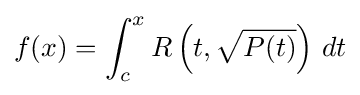
f(x)=\int _{c}^{x}R\left(t,{\sqrt {P(t)}}\right)\,dt